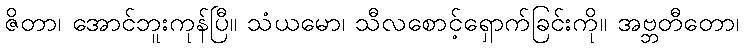
ဇိတာ၊ အောင်ဘူးကုန်ပြီ။ သံယမော၊ သီလစောင့်ရှောက်ခြင်းကို။ အဗ္ဘတီတော၊